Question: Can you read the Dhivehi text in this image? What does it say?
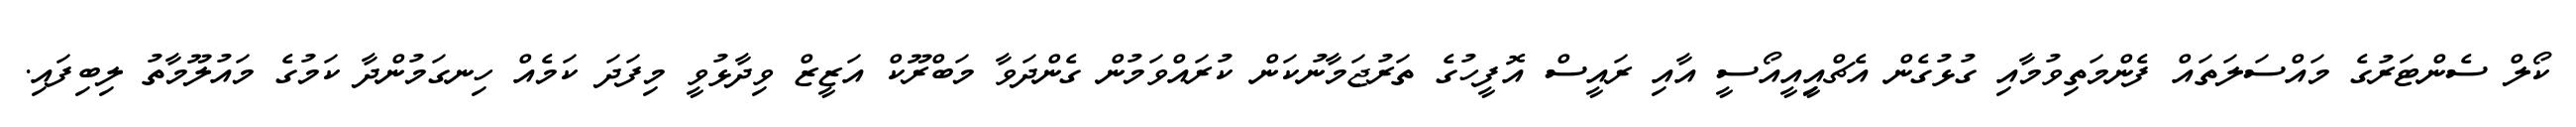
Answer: ކޯލް ސެންޓަރުގެ މައްސަލަތައް ފެންމަތިވުމާއި ގުޅުގެން އެޗްއިީއީއޯސީ އާއި ރައީސް އޮފީހުގެ ތަރުޖަމާނުކަން ކުރައްވަމުން ގެންދަވާ މަބްރޫކް އަޒީޒް ވިދާޅުވީ މިފަދަ ކަމެއް ހިނގަމުންދާ ކަމުގެ މައުލޫމާތު ލިބިފައި.